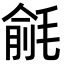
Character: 毹